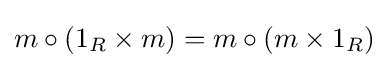
m\circ (1_{R}\times m)=m\circ (m\times 1_{R})